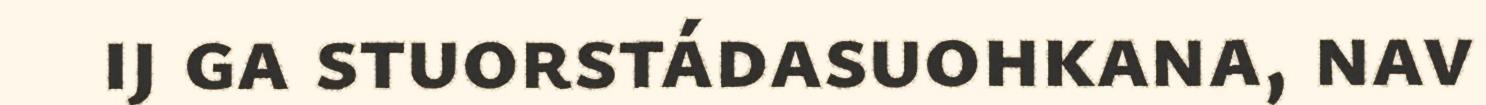
ij ga stuorstádasuohkana, nav